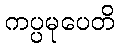
ကပ္ပမုပေတိ